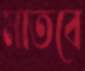
মাতবে